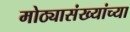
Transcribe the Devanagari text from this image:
मोठ्यासंख्यांच्या